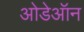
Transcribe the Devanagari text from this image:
ओडेऑन